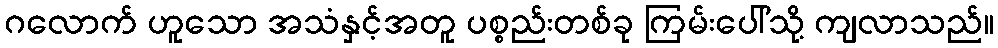
ဂလောက် ဟူသော အသံနှင့်အတူ ပစ္စည်းတစ်ခု ကြမ်းပေါ်သို့ ကျလာသည်။